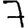
Digit: 7